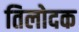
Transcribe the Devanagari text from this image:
तिलोदक